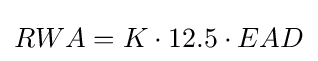
RWA=K\cdot 12.5\cdot EAD